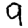
Digit: 9